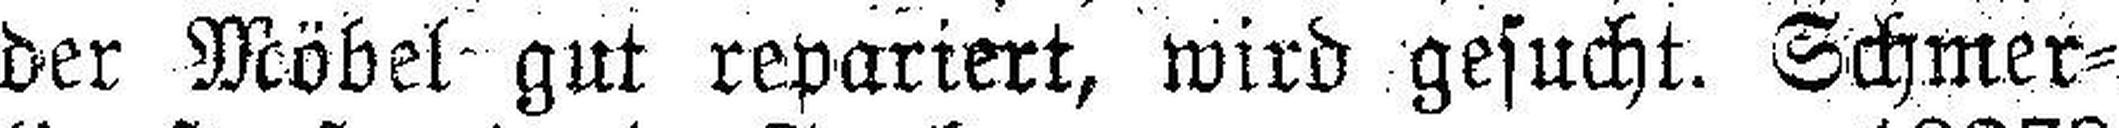
der Möbel gut repariert, wird gesucht. Schmer¬